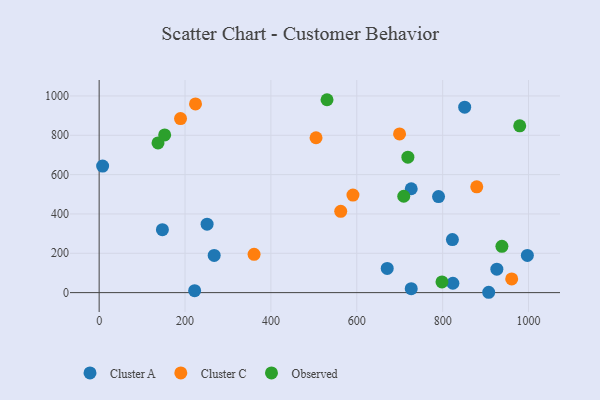
{"axis": {"x": "Experience", "y": "Salary"}, "legend": ["Cluster A", "Cluster C", "Observed"], "data": [{"x": "726.8", "y": 20.1, "type": "Cluster A"}, {"x": "822.7", "y": 269.9, "type": "Cluster A"}, {"x": "907.2", "y": 1.7, "type": "Cluster A"}, {"x": "8.1", "y": 643.2, "type": "Cluster A"}, {"x": "251.4", "y": 348.1, "type": "Cluster A"}, {"x": "670.9", "y": 122.8, "type": "Cluster A"}, {"x": "997.3", "y": 189.3, "type": "Cluster A"}, {"x": "222.4", "y": 9.8, "type": "Cluster A"}, {"x": "851.3", "y": 942.9, "type": "Cluster A"}, {"x": "926.2", "y": 119.3, "type": "Cluster A"}, {"x": "147.3", "y": 319.8, "type": "Cluster A"}, {"x": "823.8", "y": 47.7, "type": "Cluster A"}, {"x": "790.4", "y": 488.4, "type": "Cluster A"}, {"x": "267.9", "y": 189.3, "type": "Cluster A"}, {"x": "726.8", "y": 528.0, "type": "Cluster A"}, {"x": "960.8", "y": 69.6, "type": "Cluster C"}, {"x": "505.1", "y": 787.5, "type": "Cluster C"}, {"x": "360.8", "y": 194.7, "type": "Cluster C"}, {"x": "699.6", "y": 806.7, "type": "Cluster C"}, {"x": "189.5", "y": 885.2, "type": "Cluster C"}, {"x": "879.4", "y": 537.8, "type": "Cluster C"}, {"x": "224.4", "y": 959.5, "type": "Cluster C"}, {"x": "562.6", "y": 413.5, "type": "Cluster C"}, {"x": "591.1", "y": 496.1, "type": "Cluster C"}, {"x": "137.1", "y": 761.2, "type": "Observed"}, {"x": "979.5", "y": 848.0, "type": "Observed"}, {"x": "709.4", "y": 490.1, "type": "Observed"}, {"x": "530.7", "y": 980.8, "type": "Observed"}, {"x": "798.4", "y": 54.2, "type": "Observed"}, {"x": "152.6", "y": 801.9, "type": "Observed"}, {"x": "938.0", "y": 235.2, "type": "Observed"}, {"x": "719.0", "y": 688.8, "type": "Observed"}]}